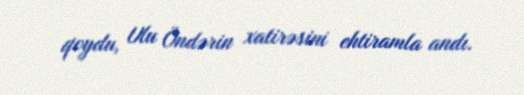
qoydu, Ulu Öndərin xatirəsini ehtiramla andı.